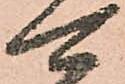
可